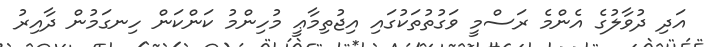
އަދި ދުވާލުގެ އެންމެ ރަސްމީ ވަގުތުތަކުގައި އިޖުތިމާޢީ މުހިންމު ކަންކަން ހިނގަމުން ދާއިރު